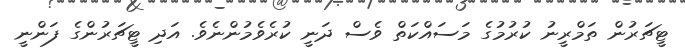
ޓީޗަރުން ތަމްރީނު ކުރުމުގެ މަސައްކަތް ވެސް ދަނީ ކުރެވެމުންނެވެ. އަދި ޓީޗަރުންގެ ފަންނީ